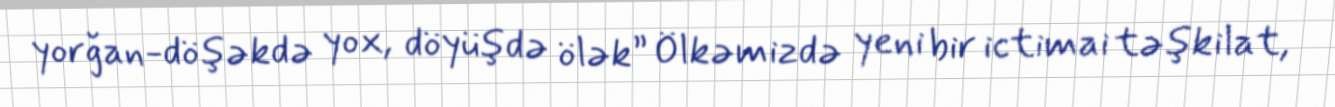
yorğan-döşəkdə yox, döyüşdə ölək” Ölkəmizdə yeni bir ictimai təşkilat,